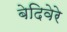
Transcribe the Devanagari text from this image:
बेदिवेरे